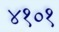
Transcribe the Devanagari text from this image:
४१०१